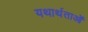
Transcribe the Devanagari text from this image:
यथार्थताओं